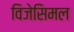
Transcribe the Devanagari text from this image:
विजेसिमल